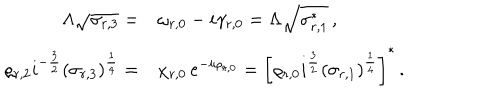
LaTeX: \begin{array} { r l } { { \Lambda \sqrt { \sigma _ { r , 3 } } = } } & { { \omega _ { r , 0 } - i \gamma _ { r , 0 } = \Lambda \sqrt { \sigma _ { r , 1 } ^ { * } } \, , } } \\ { { \varrho _ { r , 2 } i ^ { - \frac { 3 } { 2 } } ( \sigma _ { r , 3 } ) ^ { \frac { 1 } { 4 } } = } } & { { \chi _ { r , 0 } \, e ^ { - i \varphi _ { r , 0 } } = \left[ \varrho _ { r , 0 } i ^ { \frac { 3 } { 2 } } ( \sigma _ { r , 1 } ) ^ { \frac { 1 } { 4 } } \right] ^ { * } \, . } } \\ \end{array}